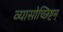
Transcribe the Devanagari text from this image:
व्यासोच्छिष्टम्